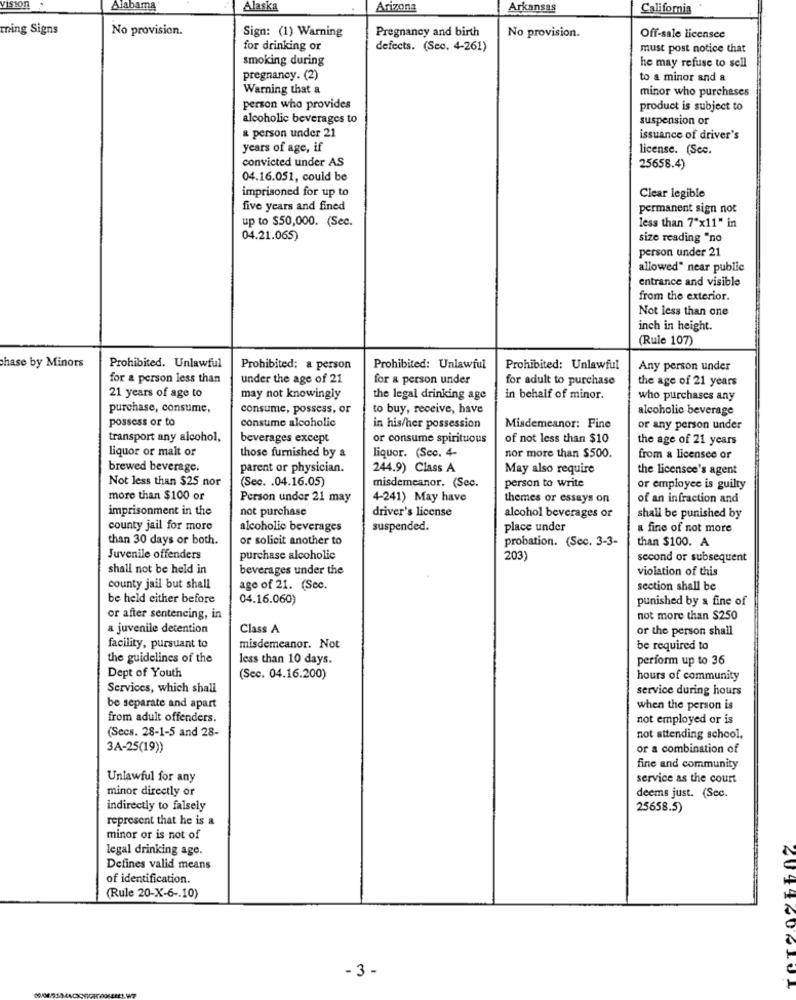
Alabama
Alaska
Arizona
Arkansas
California
ming Signs
No provision.
Sign: (1) Warning
Pregnancy and birth
No provision.
Off-sale licensee
for drinking or
defects. (Sec. 4-261)
must post notice that
smoking during
he may refuse to sell
pregnancy. (2)
to a minor and a
Warning that a
minor who purchases
person who provides
product is subject to
alcoholic beverages to
suspension or
a person under 21
issuance of driver's
years of age, if
license. (See.
convicted under AS
25658.4)
04.16.051, could be
imprisoned for up to
Clear legible
five years and fined
permanent sign not
up to $50,000. (Sec.
less than 7"x11" in
04.21.065)
size reading "no
person under 21
allowed" near public
entrance and visible
from the exterior.
Not less than one
inch in height.
(Rule 107)
chase by Minors
Prohibited. Unlawful
Prohibited: a person
Prohibited: Unlawful
Prohibited: Unlawful
Any person under
for a person less than
under the age of 21
for a person under
for adult to purchase
the age of 21 years
21 years of age to
may not knowingly
the legal drinking age
in behalf of minor.
who purchases any
purchase, consume,
consume, possess, or
to buy, receive, have
alcoholic beverage
possess or to
consume alcoholic
in his/her possession
Misdemeanor: Fine
or any person under
transport any alcohol,
beverages except
or consume spirituous
of not less than $10
the age of 21 years
liquor or mait or
liquor. (Sec. 4-
those furnished by a
nor more than $500.
from a licensee or
brewed beverage.
parent or physician.
244.9) Class A
May also require
the licensee's agent
Not less than $25 nor
(Sec. . 04.16.05)
misdemeanor. (Sec.
person to write
or employee is guilty
more than $100 or
Person under 21 may
4-241) May have
themes or essays on
of an infraction and
imprisonment in the
not purchase
driver's license
alcohol beverages or
shall be punished by
county jail for more
alcoholic beverages
suspended.
place under
fine of not more
than 30 days or both.
or solicit another to
probation. (Sec. 3-3-
than $100. A
Juvenile offenders
purchase alcoholic
203)
second or subsequent
shall not be held in
beverages under the
violation of this
county jail but shall
age of 21. (Sec.
section shall be
be held either before
04.16.060)
punished by a fine of
or after sentencing, in
not more than $250
a juvenile detention
Class A
or the person shall
facility, pursuant to
misdemeanor. Not
be required to
the guidelines of the
less than 10 days.
perform up to 36
Dept of Youth
(Sec. 04.16.200)
hours of community
Services, which shall
service during hours
be separate and apart
when the person is
from adult offenders.
not employed or is
(Secs. 28-1-5 and 28-
not attending school,
3A-25(19))
or a combination of
fine and community
Unlawful for any
service as the court
minor directly or
deems just. (Sec.
indirectly to falsely
25658.5)
represent that he is a
minor or is not of
legal drinking age.
Defines valid means
of identification.
(Rule 20-X-6 -. 10)
- 3 -
4044602104